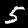
Digit: 5